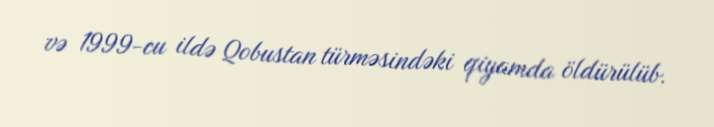
və 1999-cu ildə Qobustan türməsindəki qiyamda öldürülüb.